Annual administration report of the Civil Veterinary Department of India - 1895-1896
Year: 1895
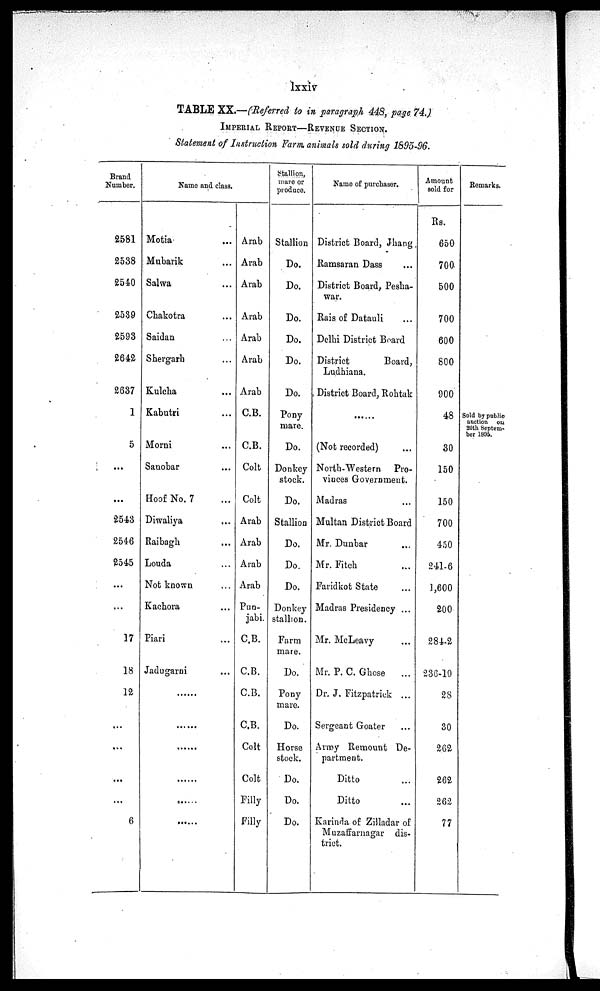
lxxiv
TABLE XX.—(Referred to in paragraph 448, page 74.)
IMPERIAL REPORT—REVENUE SECTION.
Statement of Instruction Farm animals sold during 1895-96.
Brand
Number.
2581
2538
2540
2539
2593
2642
2637
1
5
...
2543
2546
2545
...
17
18
12
...
...
...
...
...
...
6
Name and class.
Motia ...
Mubarik ...
Salwa ...
Chakotra ...
Saidan ...
Shergarb ...
Kulcha ...
Kabutri ...
Morni ...
Sanobar ...
Hoof No. 7 ...
Diwaliya ...
Raibagh ...
Louda ...
Not known ...
Kachora ...
Piari ...
Jadugarni ...
......
......
......
......
......
......
......
......
Arab
Arab
Arab
Arab
Arab
Arab
Arab
C.B.
C.B.
Colt
Colt
Arab
Arab
Arab
Arab
Pun-
jabi.
C.B.
C.B.
C.B.
C.B.
Colt
Colt
Filly
Filly
Stallion,
mure or
produce
Stallion
Do.
Do.
Do.
Do.
Do.
Do.
Pony
mare.
Do.
Donkey
stock.
Do.
Stallion
Bo.
Do
Do.
Donkey
stallion.
Farm
mare.
Do.
Pony
mare.
Do.
Horse
stock.
Do.
Do.
Do.
Name of purchaser.
District Board, Jhang
Ramsaran Dass
District Board, Pesha-
war.
Rais of Datauli
Delhi District Board
District
Board,
Ludhiana.
District Board, Rohtak
(Not recorded) ...
North-Western Pro-
viuces Government. ...
Madras ...
Multan District Board ...
Mr. Dunbar ...
Mr. Fitch ...
Faridkot State ...
Madras Presidency ...
Mr. McLeavy ...
Mr. P. C. Ghose
...
Dr. J. Fitzpatrick ...
Sergeant Goater ...
Army Remount De-
partment. ...
Ditto ...
Ditto ...
Karinda of Zilladar of
Muzatfarnagar dis-
trict. ...
Amount
sold for
Rs.
650
700
500
700
600
800
900
48
30
150
150
700
450
241.6
1,600
200
284.2
236.10
28
30
262
262
262
77
Remarks.
Sold by public
auction on
20th Septem-
ber 1895.